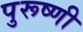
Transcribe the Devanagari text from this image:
पुरूष्णी